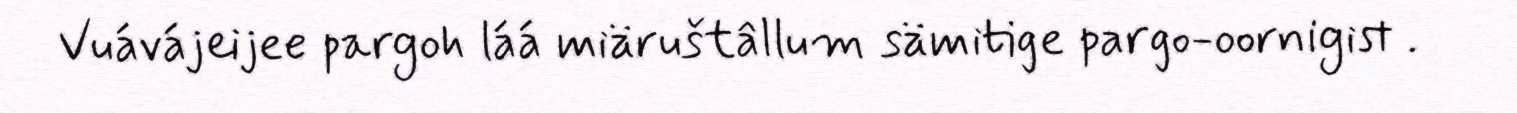
Vuávájeijee pargoh láá miäruštâllum sämitige pargo-oornigist .